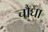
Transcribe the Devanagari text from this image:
चौघा